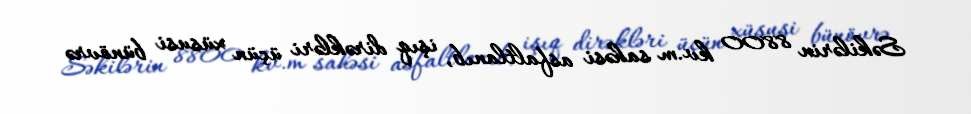
Səkilərin 8800 kv.m sahəsi asfaltlanıb, işıq dirəkləri üçün xüsusi bünövrə